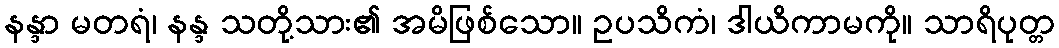
နန္ဒာ မတရံ၊ နန္ဒ သတို့သား၏ အမိဖြစ်သော။ ဥပသိကံ၊ ဒါယိကာမကို။ သာရိပုတ္တ